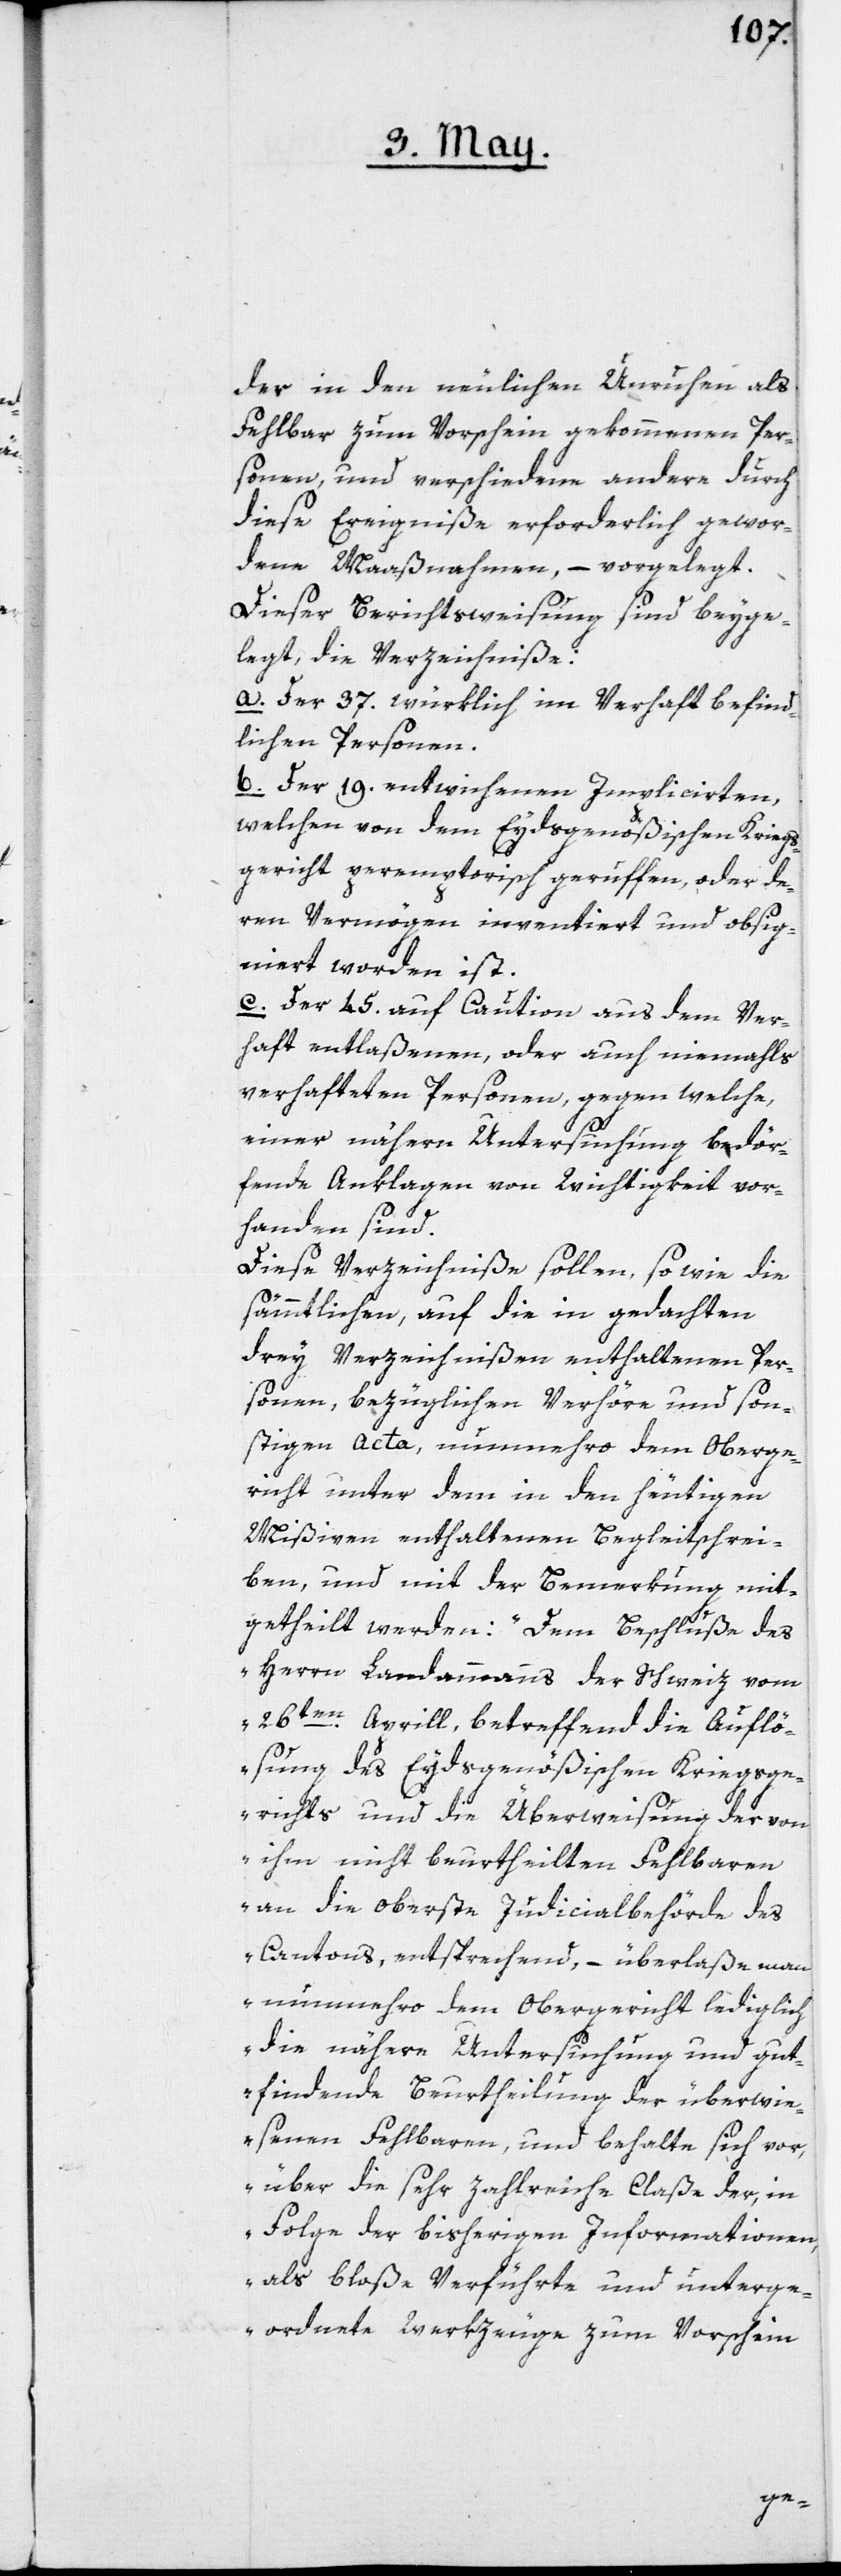
der in den neulichen Unruhen als
fehlbar zum Vorschein gekommenen Per¬
sonen, und verschiedene andere durch
diese Ereigniße erforderlich gewor¬
dene Maaßnahmen, – vorgelegt.
Dieser Berichtsweisung sind beyge¬
legt die Verzeichniße:
a. Der 37. würklich im Verhaft befind¬
lichen Personen.
b. Der 19. entwichenen Implicirten,
welchen von dem Eydsgenößischen Kriegs¬
gericht peremptorisch geruffen, oder de¬
ren Vermögen inventiert und obsig¬
niert worden ist.
c. Der 45. auf Caution aus dem Ver¬
haft entlaßenen, oder auch niemahls
verhafteten Personen, gegen welche,
einer nähern Untersuchung bedör¬
fenden Anklagen von Wichtigkeit vor¬
handen sind.
Diese Verzeichniße sollen, so wie die
sämmtlichen, auf die in gedachten
drey Verzeichnißen enthaltenen Per¬
sonen, bezüglichen Verhöre und son¬
stigen Acta, nunmehro dem Oberge¬
richt unter dem in den heutigen
Mißiven enthaltenen Begleitschrei¬
ben, und mit der Bemerkung mit¬
getheilt werden: „Dem Beschluße des
Herrn Landammanns der Schweiz vom
26ten Aprill, betreffend die Auflö¬
sung des Eydsgenößischen Kriegsge¬
richts und die Überweisung der von
ihm nicht beurtheilten Fehlbaren
an die oberste Judicialbehörde des
Cantons, entsprechend, – überlaße man
nunmehro dem Obergericht lediglich
die nähere Untersuchung und gut¬
findende Beurtheilung der überwie¬
senen Fehlbaren, und behalte sich vor,
über die sehr zahlreiche Claße der, in
Folge der bisherigen Informationen,
als bloße Verführte und unterge¬
ordnete Werkzeuge zum Vorschein